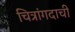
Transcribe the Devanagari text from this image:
चित्रांगदाची